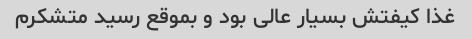
غذا کیفتش بسیار عالی بود و بموقع رسید متشکرم